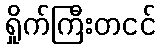
ရှိုက်ကြီးတငင်